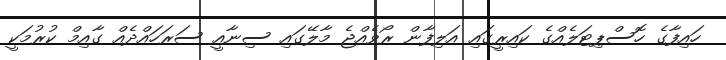
ހައިފާގެ ހޮސްޕިޓަލެއްގެ ކައިރީގައި އަލިފާން ރޯވެއްޖެ މާލޭގައި ސިނާއީ ސަރަހައްދެއް ގާއިމް ކުރުމަކީ